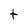
Character: t